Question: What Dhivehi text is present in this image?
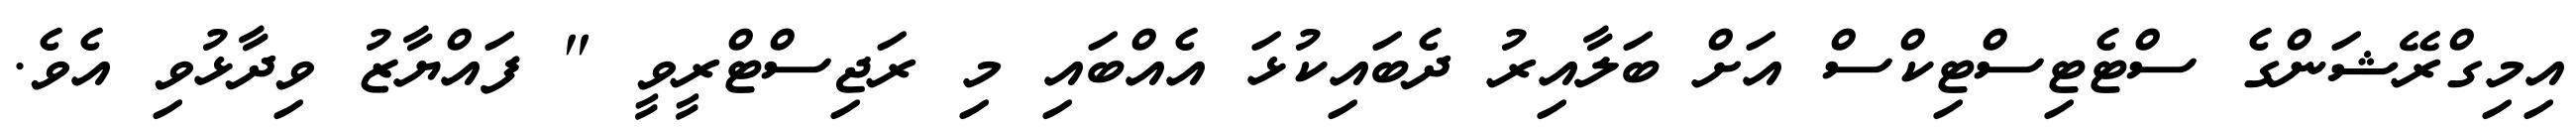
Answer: އިމިގްރޭޝަންގެ ސްޓެޓިސްޓިކްސް އަށް ބަލާއިރު ދެބައިކުޅަ އެއްބައި މި ރަޖިސްޓްރީވީ " ފައްޔާޒު ވިދާޅުވި އެވެ.